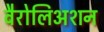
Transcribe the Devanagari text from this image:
वैरोलिअशन